Report of an investigation of the epidemic of malarial fever in Assam, or, kala-azar
Disease focus: Malaria
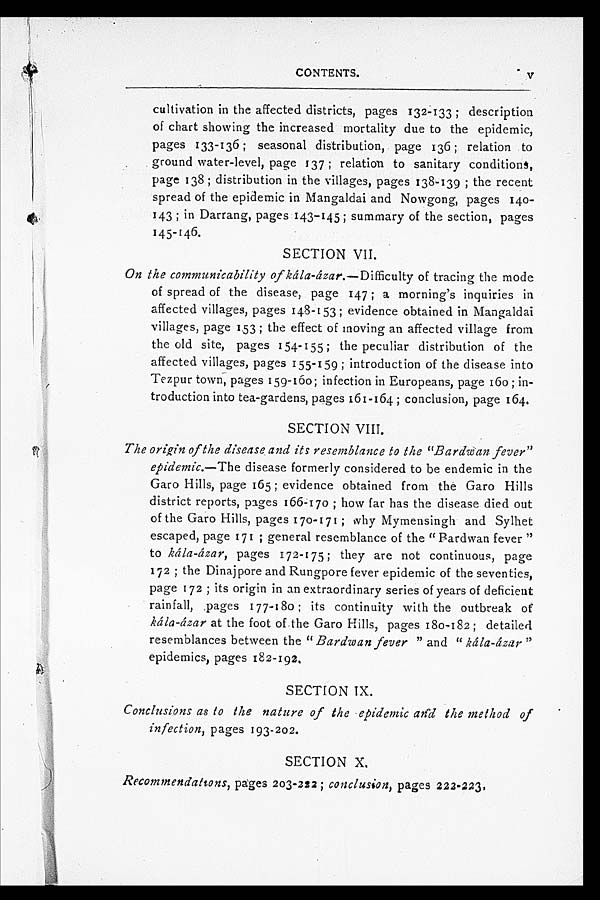
CONTENTS.
V
cultivation in the affected districts, pages 132-133 ; description
of chart showing the increased mortality due to the epidemic,
pages 133-136 ; seasonal distribution, page 136 ; relation to
ground water-level, page 137 ; relation to sanitary conditions,
page 138 ; distribution in the villages, pages 138-139 ; the recent
spread of the epidemic in Mangaldai and Nowgong, pages 140
- 1 4 3 ; i n D a r r a n g , p a g e s 1 4 3 - 1 4 5 ; s u m m a r y o f t h e s e c t i o n , p a g e s
145-146.
SECTION VII.
On the communicability of kála-ázar.—Difficulty of tracing the mode
of spread of the disease, page 147 ; a morning's inquiries in
affected villages, pages 148-153 ; evidence obtained in Mangaldai
villages, page 153 ; the effect of moving an affected village from
the old site, pages 154-155 ; the peculiar distribution of the
affected villages, pages 155-159 ; introduction of the disease into
Tezpur town, pages 159-160; infection in Europeans, page 160; in-
troduction into tea-gardens, pages 161-164 ; conclusion, page 164.
SECTION VIII.
The origin of the disease and its resemblance to the "Bardwan fever"
epidemic.— The disease formerly considered to be endemic in the
Garo Hills, page 165 ; evidence obtained from the Garo Hills
district reports, pages 166-170 ; how far has the disease died out
of the Garo Hills, pages 170-171 ; why Mymensingh and Sylhet
escaped, page 171 ; general resemblance of the " Bardwan fever "
to kála-ázar, pages 172-175 ; they are not continuous, page
172 ; the Dinajpore and Rungpore fever epidemic of the seventies,
page 172 ; its origin in an extraordinary series of years of deficient
rainfall, pages 177-180 ; its continuity with the outbreak of
kála-ázar at the foot of .the Garo Hills, pages 180-182 ; detailed
resemblances between the "Bardwan fever " and " kála-ázar
" e p i d e m i c s , p a g e s 1 8 2 - 1 9 2 .
SECTION IX.
Conclusions as to the nature of the epidemic and the method of
infection, pages 193-202.
SECTION X.
Recommendations, pages 203-222 ; conclusion, pages 222-223,